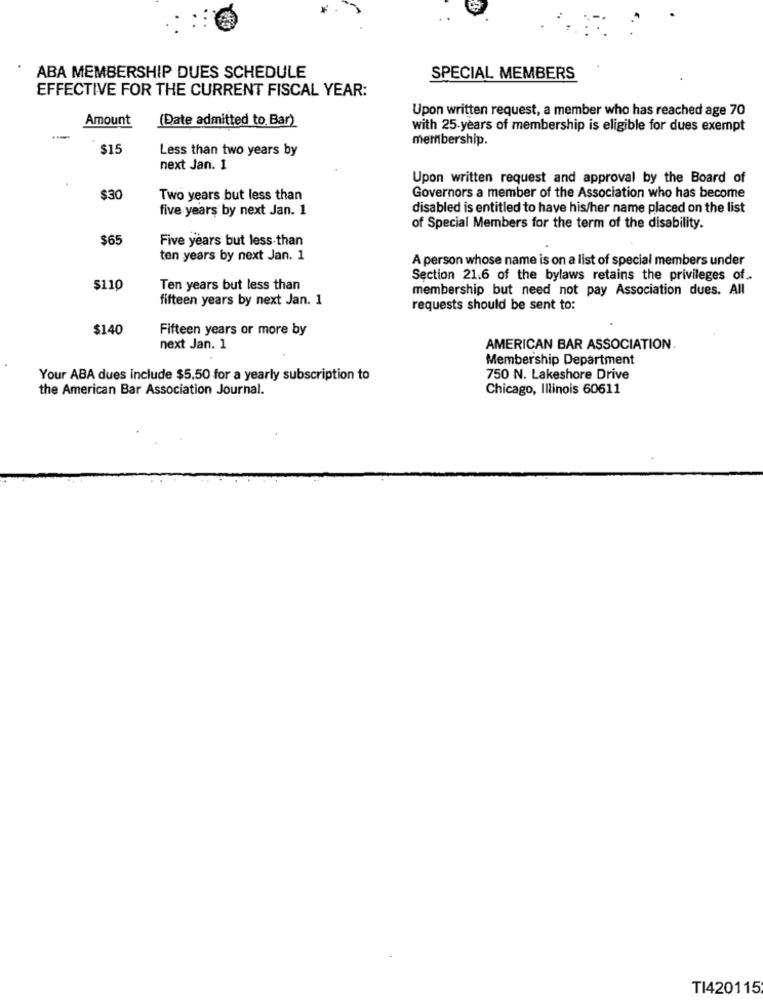
ABA MEMBERSHIP DUES SCHEDULE
SPECIAL MEMBERS
EFFECTIVE FOR THE CURRENT FISCAL YEAR:
Upon written request, a member who has reached age 70
Amount
(Date admitted to Bar)
with 25 years of membership is eligible for dues exempt
membership.
$15
Less than two years by
next Jan. 1
Upon written request and approval by the Board of
$30
Two years but less than
Governors a member of the Association who has become
five years by next Jan. 1
disabled is entitled to have his/her name placed on the list
of Special Members for the term of the disability.
$65
Five years but less than
ten years by next Jan. 1
A person whose name is on a list of special members under
Section 21.6 of the bylaws retains the privileges of
$110
Ten years but less than
membership but need not pay Association dues. All
fifteen years by next Jan. 1
requests should be sent to:
$140
Fifteen years or more by
next Jan. 1
AMERICAN BAR ASSOCIATION.
Membership Department
Your ABA dues include $5,50 for a yearly subscription to
750 N. Lakeshore Drive
the American Bar Association Journal.
Chicago, Illinois 60611
TI420115